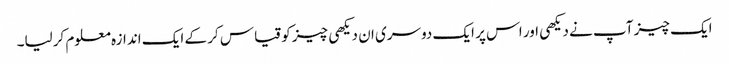
ایک چیز آپ نے دیکھی اور اس پر ایک دوسری ان دیکھی چیز کو قیاس کر کے ایک اندازہ معلوم کرلیا۔